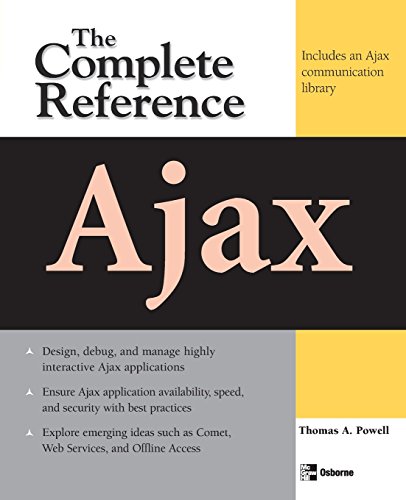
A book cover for Ajax: The Complete Reference; Thomas Powell; Computers & Technology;